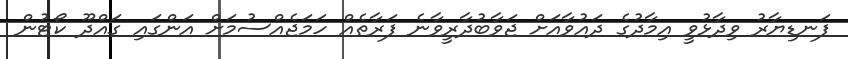
ފަނޑިޔާރު ވިދާޅުވީ އިމާދުގެ ދައުވާއަށް ޖަވާބުދާރީވާނެ ފަރާތެއް ހަމަޖެއްސުމަށް އަންގައި ގައްދޫ ކޯޓުން